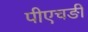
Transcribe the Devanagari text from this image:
पीएचङी